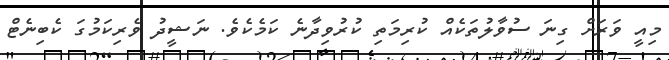
މިއީ ވަރަށް ގިނަ ސުވާލުތަކެއް ކުރިމަތި ކުރުވިދާނެ ކަމެކެވެ. ނަޝީދު ވެރިކަމުގަ ކެބިނެޓް